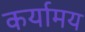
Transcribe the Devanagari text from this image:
कर्यामय